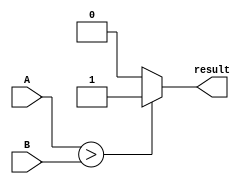
module comparator(
    input [15:0] A,
    input [15:0] B,
    output reg result
);

always @(*) begin
    if(A > B) begin
        result = 1; // A is greater than B
    end
    else if(A < B) begin
        result = 0; // A is less than B
    end
    else begin
        result = 2; // A is equal to B
    end
end

endmodule